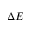
\Delta E